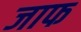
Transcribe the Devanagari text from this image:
जाफ